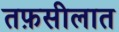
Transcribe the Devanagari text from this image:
तफ़सीलात